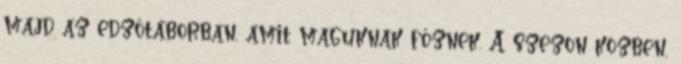
majd az edzőtáborban, amit maguknak főznek. A szezon közben,